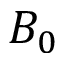
B _ { 0 }